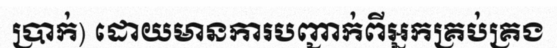
ប្រាក់) ដោយមានការបញ្ជាក់ពីអ្នកគ្រប់គ្រង